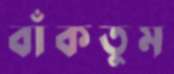
বাঁকতুম